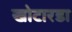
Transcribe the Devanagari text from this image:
खोटारडा